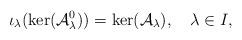
LaTeX: \begin{align*}\iota_\lambda(\ker(\mathcal{A}^0_\lambda))=\ker(\mathcal{A}_\lambda), \quad\lambda\in I,\end{align*}